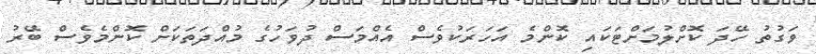
ވަގުތު ހޭދަ ކޮށްލުމަށްޓަކައި ކޮންމެ އަހަރަކުވެސް އެއްމަސް ދުވަހުގެ މުއްދަތަކަށް ކޮންމެވެސް ބޭރު